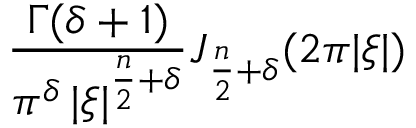
{ \frac { \Gamma ( \delta + 1 ) } { \pi ^ { \delta } \, | { \boldsymbol { \xi } } | ^ { { \frac { n } { 2 } } + \delta } } } J _ { { \frac { n } { 2 } } + \delta } ( 2 \pi | { \boldsymbol { \xi } } | )